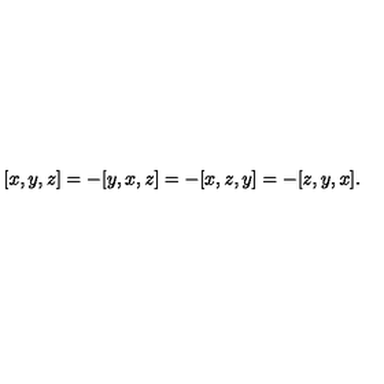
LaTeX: [ x , y , z ] = - [ y , x , z ] = - [ x , z , y ] = - [ z , y , x ] .